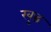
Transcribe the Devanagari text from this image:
खुद्ध